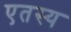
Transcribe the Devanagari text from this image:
एतस्य